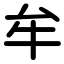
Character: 牟